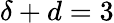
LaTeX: \delta+d=3